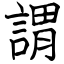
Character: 謂